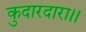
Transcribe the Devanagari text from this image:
कुदारदारा।।